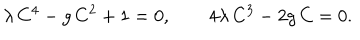
LaTeX: \lambda \, C ^ { 4 } - g \, C ^ { 2 } + 1 = 0 , \qquad 4 \lambda \, C ^ { 3 } - 2 g \, C = 0 .